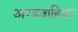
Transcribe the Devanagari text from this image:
अण्डवाहिका